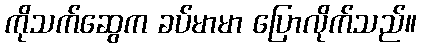
ကိုသက်ဆွေက ခပ်မာမာ ပြောလိုက်သည်။